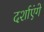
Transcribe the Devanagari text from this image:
दर्शाएंगे